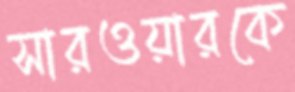
সারওয়ারকে